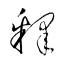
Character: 釋